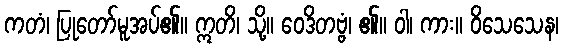
ကတံ၊ ပြုတော်မူအပ်၏။ ဣတိ၊ သို့။ ဝေဒိတဗ္ဗံ၊ ၏။ ဝါ၊ ကား။ ဝိသေသေန၊